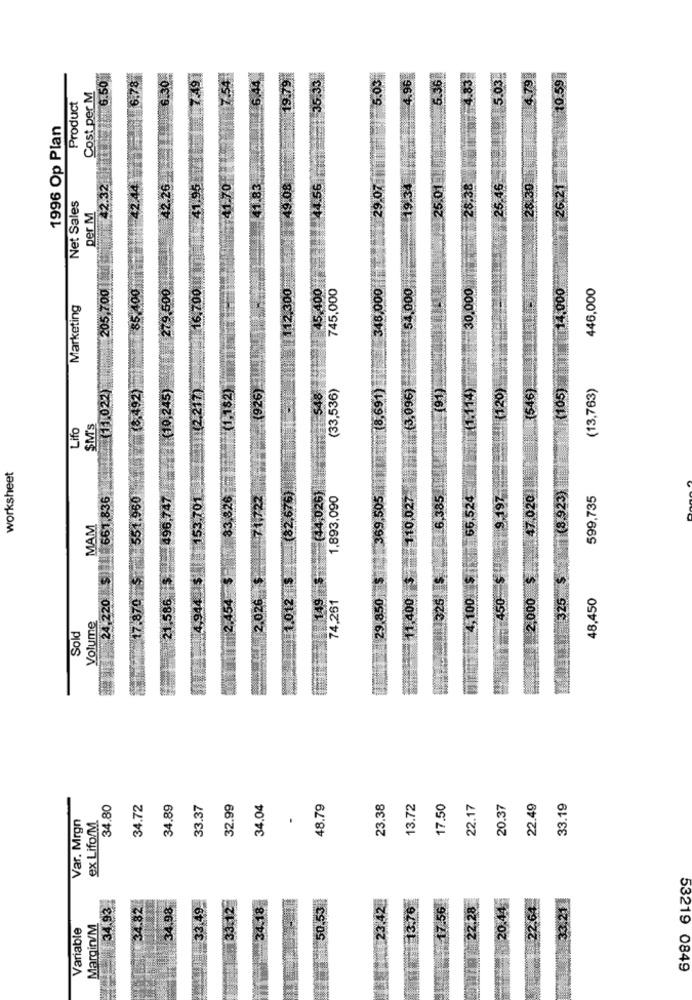
6.50
10.59
Cost per M
Product
1996 Op Plan
42.32
Net Sales
per M
205,700
45.400
745,000
30,000
.14.000
446,000
Marketing
(926)
(33,536)
(8,691)
(3,096)
120)
(546)
(105)
(13,763)
11022)
45)
1,182)
91)
Lifo
$M's
worksheet
(44,026)
661,836
551,960
96,747
1,893,090
505
6,385
66.524
47,020
1(8.923)
599,735
9.1
MAM
83
150
24,220
#149
74,261
400
4,100
... 2,000
48,450
Sold
Volume
34.80
34.72
34.89
33.37
32.99
34.04
48.79
23.38
13.72
17.50
22.17
20.37
22.49
33.19
Var. Mrgn
.
ex Lifo/M.
34.93
.82
34.98
18
28
20.44
Variable
Margin/M
33.
53219 0849